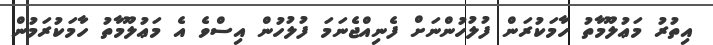
އިތުރު މަޢުލޫމާތު ހާމަކުރަން ފުލުހުންނަށް ފެނިއްޖެނަމަ ފުލުހުން އިސްވެ އެ މަޢުލޫމާތު ހާމަކުރަމުން